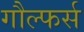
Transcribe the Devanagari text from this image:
गौल्फर्स